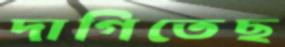
দাগিতেছ